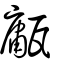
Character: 𤮇